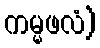
ကမ္မဖလံ)